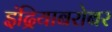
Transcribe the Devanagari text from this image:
इंद्रियाबरोबर